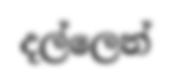
දල්ලෙන්